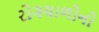
રોગચાળોનો